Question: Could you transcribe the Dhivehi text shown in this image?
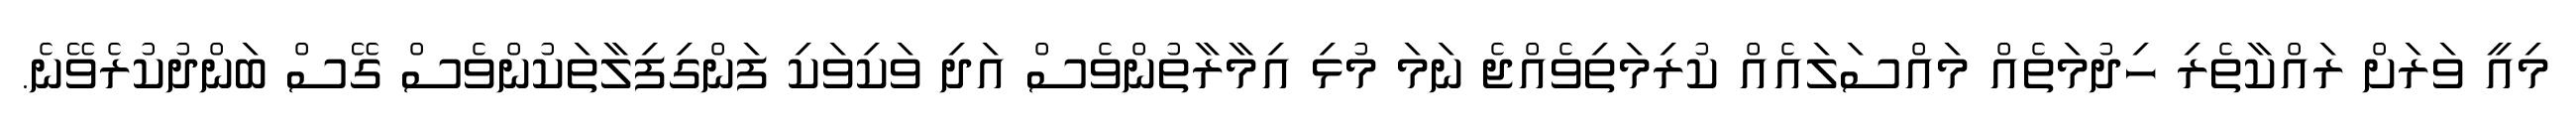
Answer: މިއީ ވަރަށް ރައްކާތެރި ހިދުމަތެއް މައްސަލައެއް ކުރިމަތިވެއްޖެ ނަމަ މުޅި އިމާރާތުންވެސް އަދި ވަކިވަކި ފަންގިފިލާތަކުންވެސް ގޭސް ބަންދުކުރެވޭނެ.